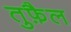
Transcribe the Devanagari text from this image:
तुफ़ैल